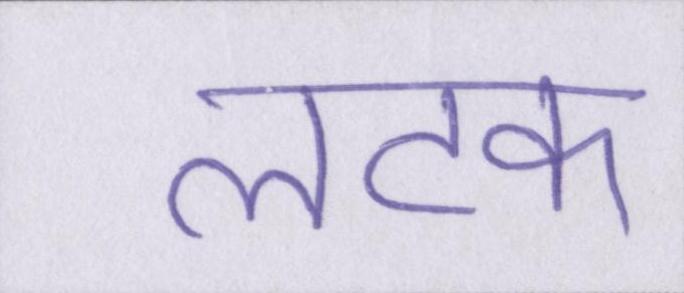
लटक